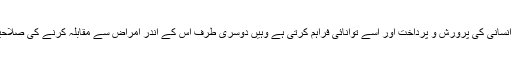
غذا ایک طرف جہاں بدن انسانی کی پرورش و پرداخت اور اسے توانائی فراہم کرتی ہے وہیں دوسری طرف اس کے اندر امراض سے مقابلہ کرنے کی صلاحیت بھی موجود ہوتی ہے۔